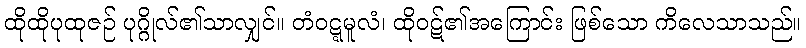
ထိုထိုပုထုဇဉ် ပုဂ္ဂိုလ်၏သာလျှင်။ တံဝဋ္ဋမူလံ၊ ထိုဝဋ်၏အကြောင်း ဖြစ်သော ကိလေသာသည်။